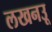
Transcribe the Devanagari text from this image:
लखनउू